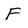
Character: F